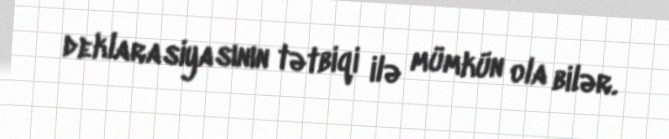
deklarasiyasının tətbiqi ilə mümkün ola bilər.